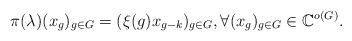
LaTeX: \begin{align*}\pi(\lambda)(x_g)_{g\in G}=(\xi(g)x_{g-k})_{g\in G}, \forall (x_g)_{g\in G}\in \mathbb{C}^{o(G)}.\end{align*}